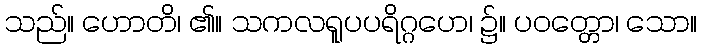
သည်။ ဟောတိ၊ ၏။ သကလရူပပရိဂ္ဂဟေ၊ ၌။ ပဝတ္တော၊ သော။